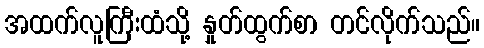
အထက်လူကြီးထံသို့ နှုတ်ထွက်စာ တင်လိုက်သည်။